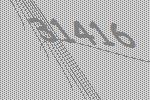
31416